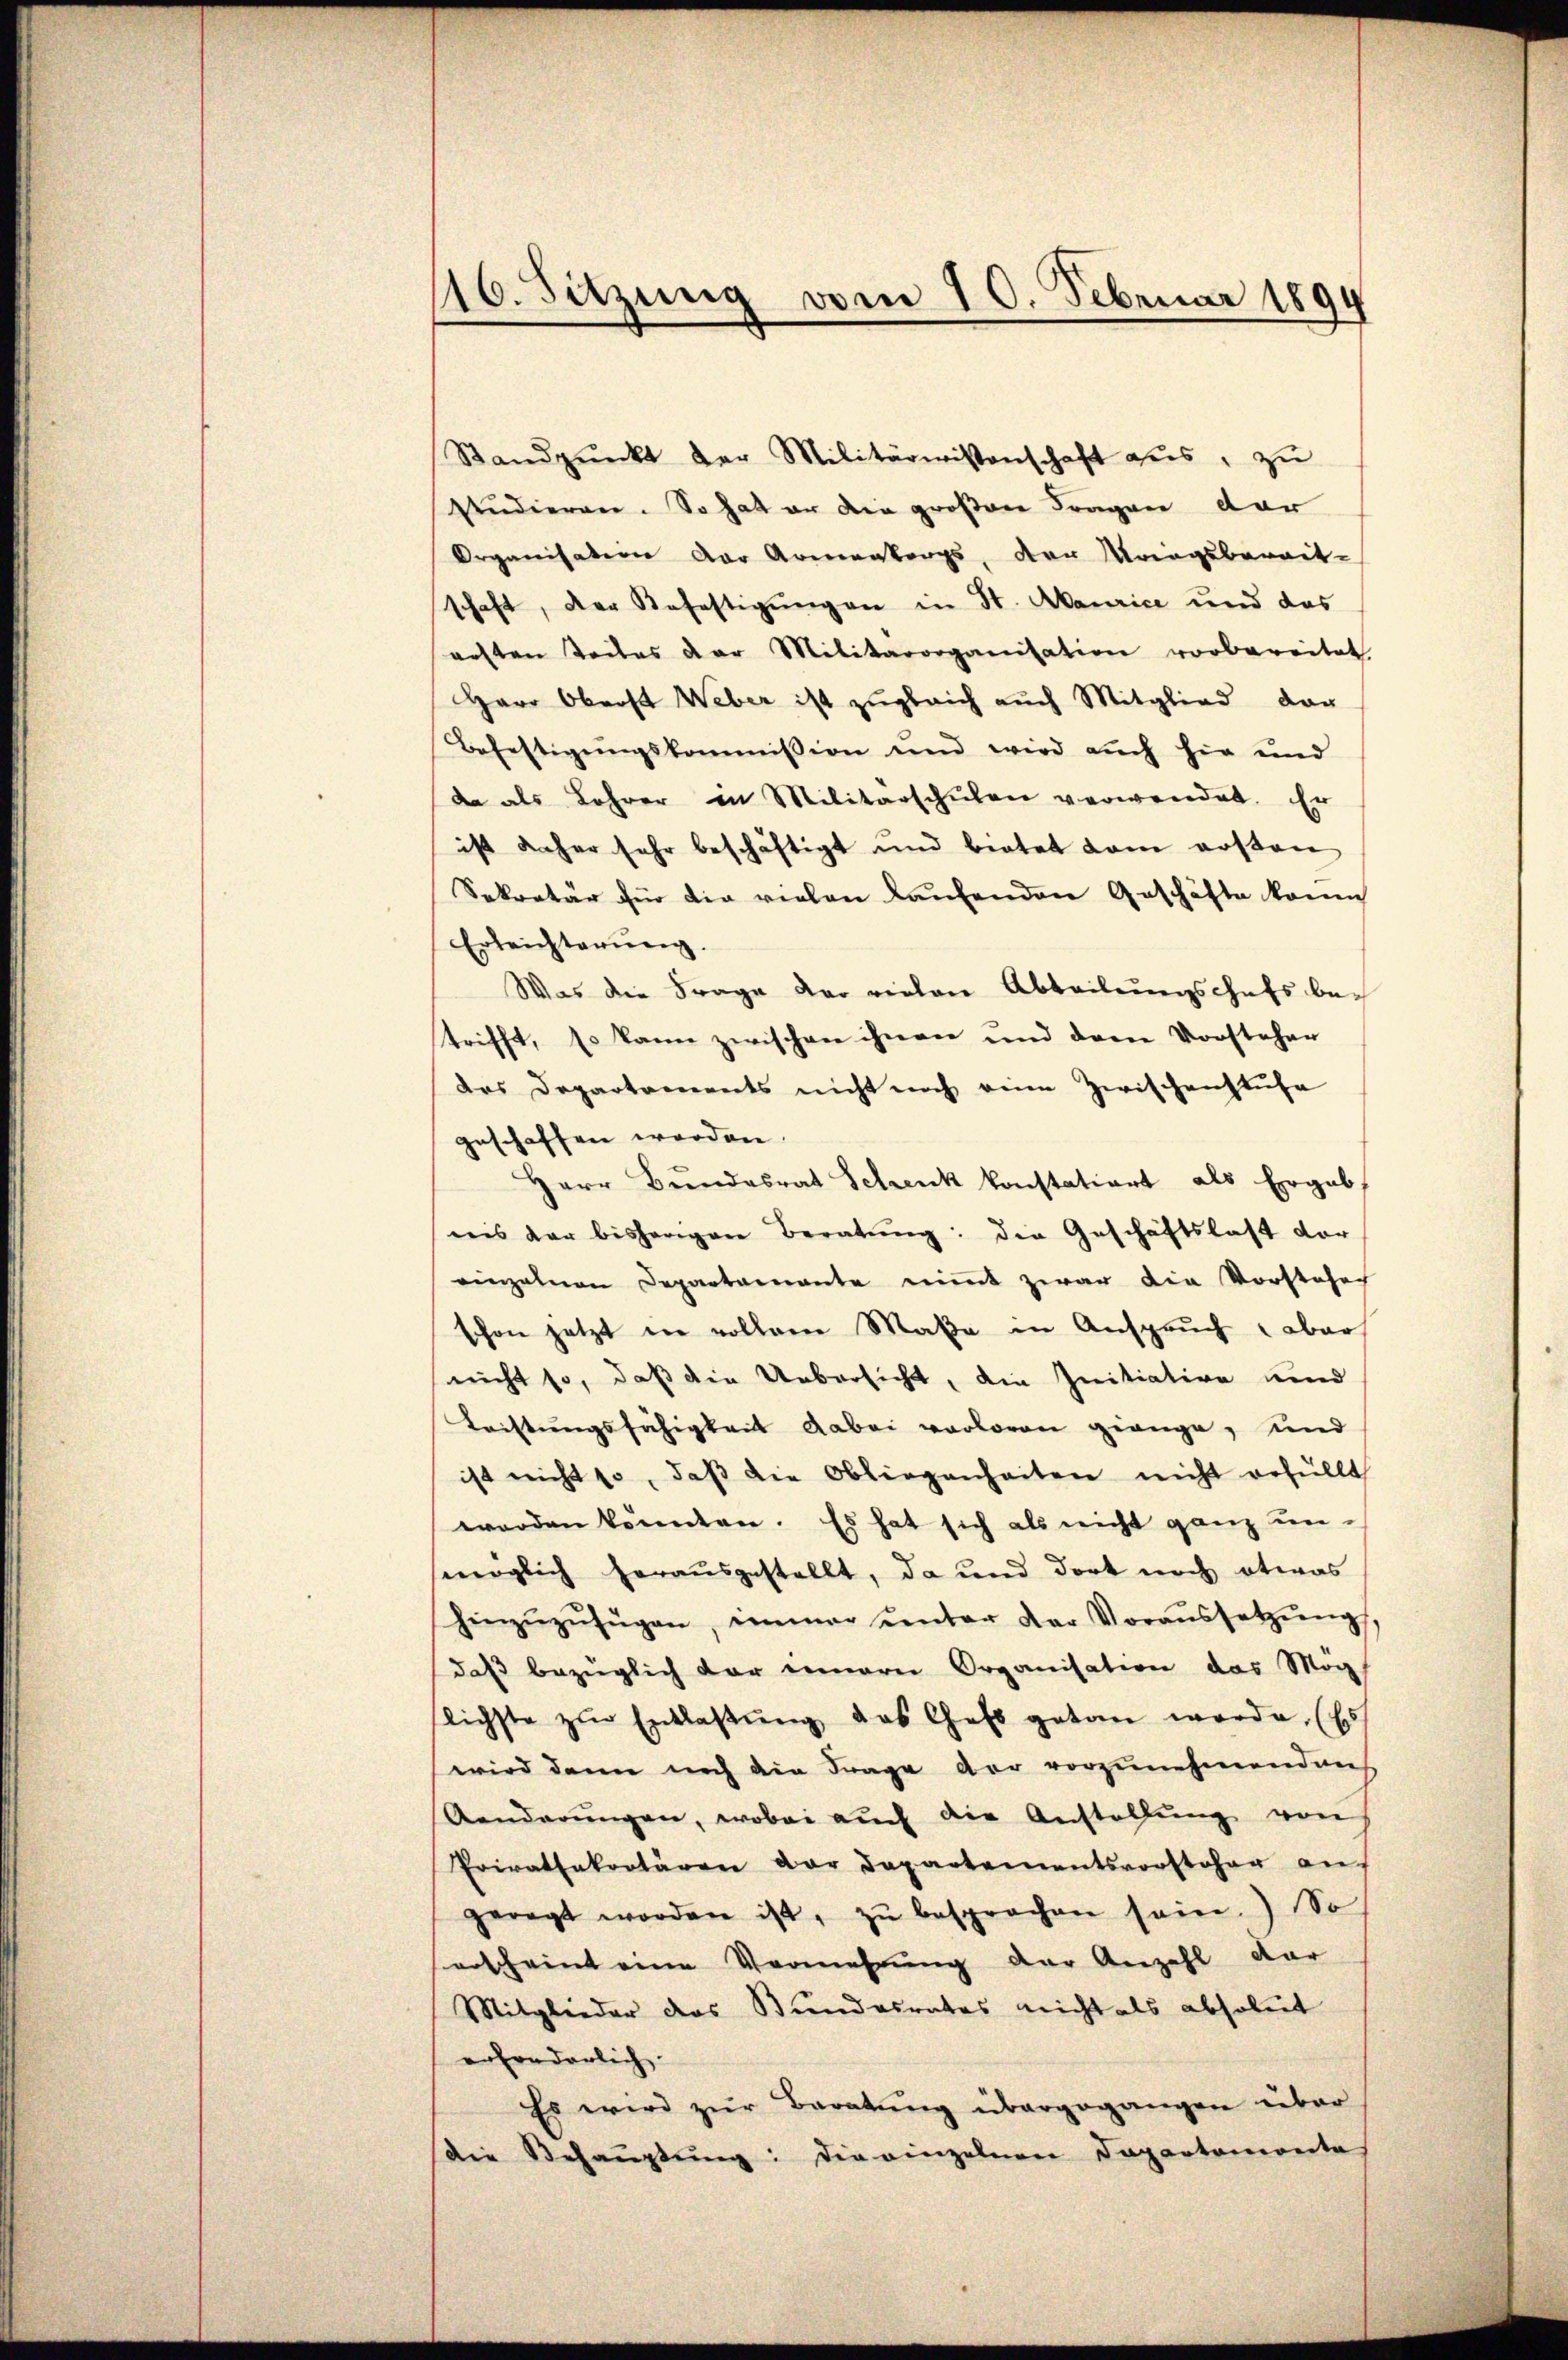
116. Sitzung vom 10. Februar 1894

Standpŭnkt der Militärwissenschaft ans, zu
studieren. So hat er die großen Fragen dar
Organisation der Armenkorps, der Maagsbereit-
schaft, der Befestigungen in St. Maurice und das
arsten Teiles der Militärorganisation vorbereitet
Herr Oberost Weber ist zŭgleich auch Mitglied dar
Befestigŭngskommission und wird aŭch hie und
da als Lehrer in Militärschŭlen verwendet. Er
ist daher sehr beschäftigt und bietet dem rosen
Sekretär für die vielen laufenden Geschäfte konn
Erleichterung.
Was die Frage der vielen Abteilungschefs betrifft, so kann zwischen ihnen und dem Vorsteher
das Departements nicht noch eine Zwischenhause
geschaffen worden.
Herr Bŭndesrat Schenk konstatiert als Ergeb
nis der bisherigen Beratŭng: die Geschäftslast vor
einzelnen Departamante nimmt zwar die Vorstehen
schon jetzt in vollem Maße in Anspruch aber
nicht so, daß die Uebersicht, die Initiative und
Tristungsfähigkeit dabei verloren gienge, und
ist nicht so, daβ die Obliegenheiten nicht verfüllt
werden könnten. Es hat sich als nicht ganz un-
möglich herausgestellt, da und dort noch etwas
hinzŭzŭfügen, immer ŭnter der Voraŭssetzŭng,
daß bezüglich der innern Organisation das Mög
lichste zŭr Entlaβŭng das Gelb getan werde. (Es
wird dann noch die Frage der vorzunehmenden
Aenderŭngen, wobei aŭch die Anstellŭng vons
Priratsakortären dar Departementsvorsteher an
geregt worden ist, zŭ besprochen sein.) So
erscheint eine Vermehrung der Anzahl dar
Mitglieder das Bundesrates nicht als absolut
erfraderlich.
Es wird zur Baratung übergegangen über
die Behauptung: die einzelnen Departemontes